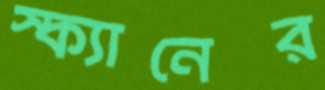
স্ক্যানের